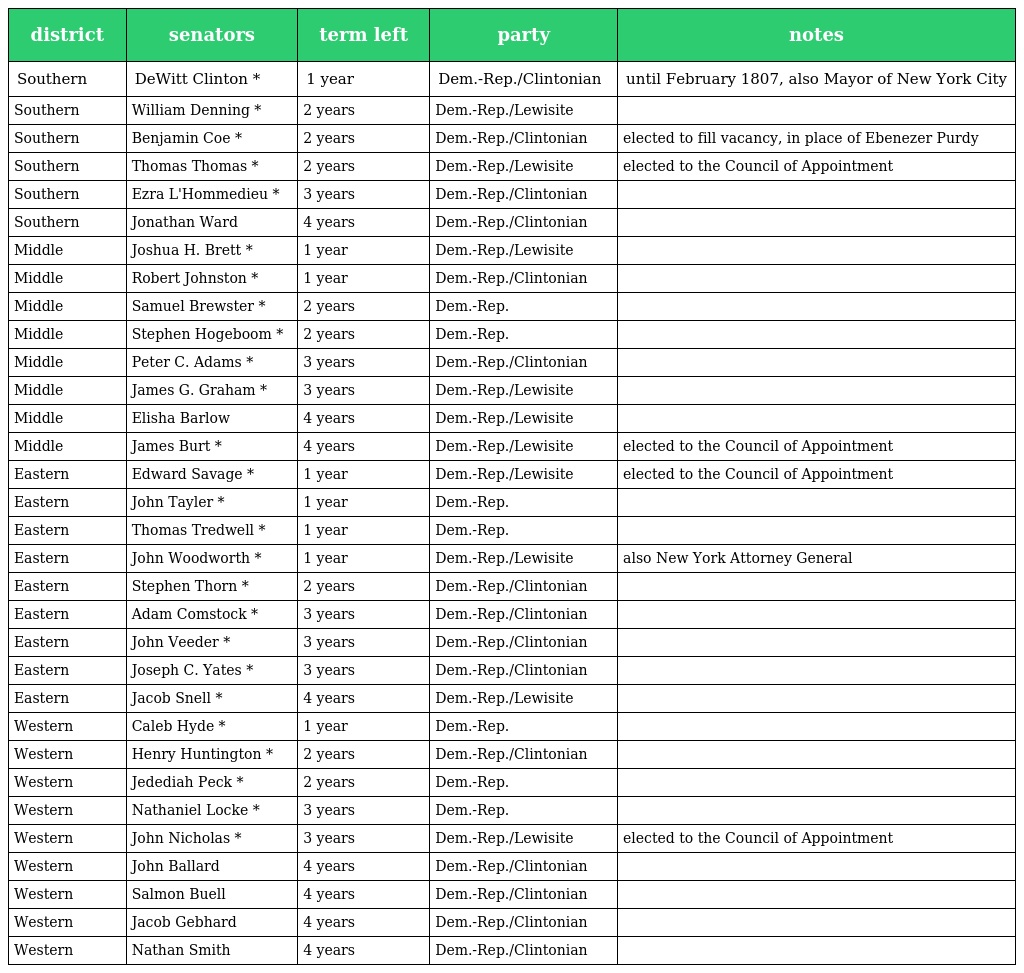
| district | senators | term left | party | notes |
 | --- | --- | --- | --- | --- |
 | Southern | DeWitt Clinton * | 1 year | Dem.-Rep./Clintonian | until February 1807, also Mayor of New York City |
 | Southern | William Denning * | 2 years | Dem.-Rep./Lewisite |  |
 | Southern | Benjamin Coe * | 2 years | Dem.-Rep./Clintonian | elected to fill vacancy, in place of Ebenezer Purdy |
 | Southern | Thomas Thomas * | 2 years | Dem.-Rep./Lewisite | elected to the Council of Appointment |
 | Southern | Ezra L'Hommedieu * | 3 years | Dem.-Rep./Clintonian |  |
 | Southern | Jonathan Ward | 4 years | Dem.-Rep./Clintonian |  |
 | Middle | Joshua H. Brett * | 1 year | Dem.-Rep./Lewisite |  |
 | Middle | Robert Johnston * | 1 year | Dem.-Rep./Clintonian |  |
 | Middle | Samuel Brewster * | 2 years | Dem.-Rep. |  |
 | Middle | Stephen Hogeboom * | 2 years | Dem.-Rep. |  |
 | Middle | Peter C. Adams * | 3 years | Dem.-Rep./Clintonian |  |
 | Middle | James G. Graham * | 3 years | Dem.-Rep./Lewisite |  |
 | Middle | Elisha Barlow | 4 years | Dem.-Rep./Lewisite |  |
 | Middle | James Burt * | 4 years | Dem.-Rep./Lewisite | elected to the Council of Appointment |
 | Eastern | Edward Savage * | 1 year | Dem.-Rep./Lewisite | elected to the Council of Appointment |
 | Eastern | John Tayler * | 1 year | Dem.-Rep. |  |
 | Eastern | Thomas Tredwell * | 1 year | Dem.-Rep. |  |
 | Eastern | John Woodworth * | 1 year | Dem.-Rep./Lewisite | also New York Attorney General |
 | Eastern | Stephen Thorn * | 2 years | Dem.-Rep./Clintonian |  |
 | Eastern | Adam Comstock * | 3 years | Dem.-Rep./Clintonian |  |
 | Eastern | John Veeder * | 3 years | Dem.-Rep./Clintonian |  |
 | Eastern | Joseph C. Yates * | 3 years | Dem.-Rep./Clintonian |  |
 | Eastern | Jacob Snell * | 4 years | Dem.-Rep./Lewisite |  |
 | Western | Caleb Hyde * | 1 year | Dem.-Rep. |  |
 | Western | Henry Huntington * | 2 years | Dem.-Rep./Clintonian |  |
 | Western | Jedediah Peck * | 2 years | Dem.-Rep. |  |
 | Western | Nathaniel Locke * | 3 years | Dem.-Rep. |  |
 | Western | John Nicholas * | 3 years | Dem.-Rep./Lewisite | elected to the Council of Appointment |
 | Western | John Ballard | 4 years | Dem.-Rep./Clintonian |  |
 | Western | Salmon Buell | 4 years | Dem.-Rep./Clintonian |  |
 | Western | Jacob Gebhard | 4 years | Dem.-Rep./Clintonian |  |
 | Western | Nathan Smith | 4 years | Dem.-Rep./Clintonian |  |